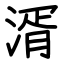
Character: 湑